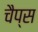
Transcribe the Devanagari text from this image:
चैप्स